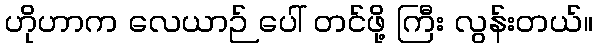
ဟိုဟာက လေယာဉ် ပေါ် တင်ဖို့ ကြီး လွန်းတယ်။